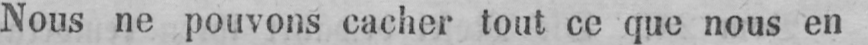
Nous ne pouvons cacher tout ce que nous en